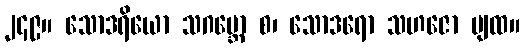
၂၄၉။ သောဒရိယော သဂဗ္ဘော စ၊ သောဒရော သဟဇော ပျထ။